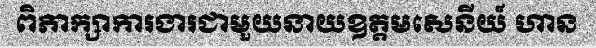
ពិភាក្សាការងារជាមួយនាយឧត្តមសេនីយ៍ ហាន